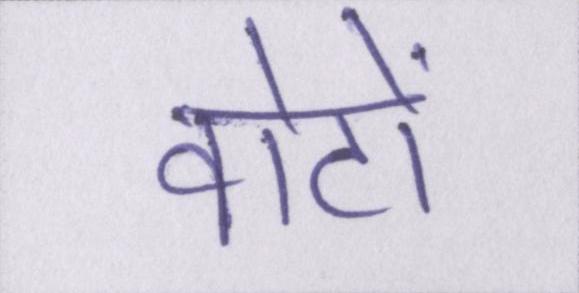
वोटों